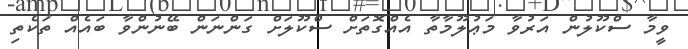
ވީމާ ސްކޫލުން އަރުވާ މަޢުލޫމާތާ އެއްގޮތަށް ސްކޫލަށް ގަންނަން ބޭނުންވާ ބައެއް ތަކެތި